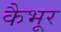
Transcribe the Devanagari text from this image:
कैभूर